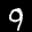
Label: 9